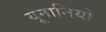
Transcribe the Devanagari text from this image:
यूनानियो